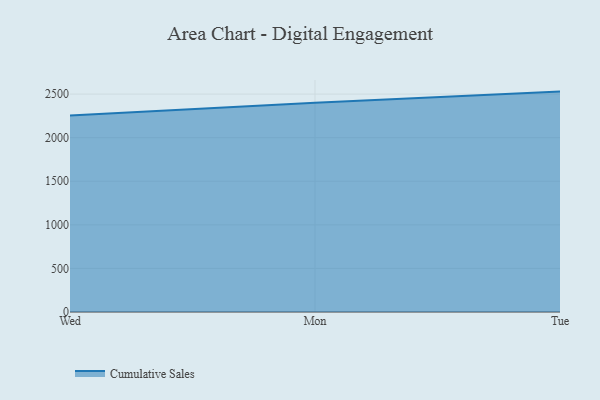
{"axis": {"x": "Day", "y": "Waste Production (Tons)"}, "legend": ["Cumulative Sales"], "data": [{"x": "Wed", "y": 2255.4, "type": "Cumulative Sales"}, {"x": "Mon", "y": 2400.1, "type": "Cumulative Sales"}, {"x": "Tue", "y": 2528.6, "type": "Cumulative Sales"}]}